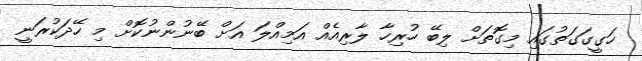
ހަގީގަގަތުގައި މިގޮތަށް ލިބޭ ހުރިހާ ލާރިއެއް އަމިއްލަ އަށް ބޭނުންނުކޮށް މި ހޭދަކުރަނީ